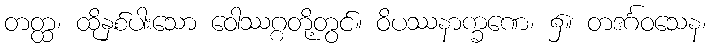
တတ္ထ၊ ထိုနှစ်ပါးသော ဝေါဿဂ္ဂတို့တွင်။ ဝိပဿနာက္ခဏေ၊ ၌။ တဒင်္ဂဝသေန၊